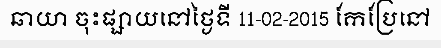
ឆាយា ចុះផ្សាយនៅថ្ងៃទី 11-02-2015 កែប្រែនៅ